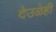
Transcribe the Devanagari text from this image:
देउळेही